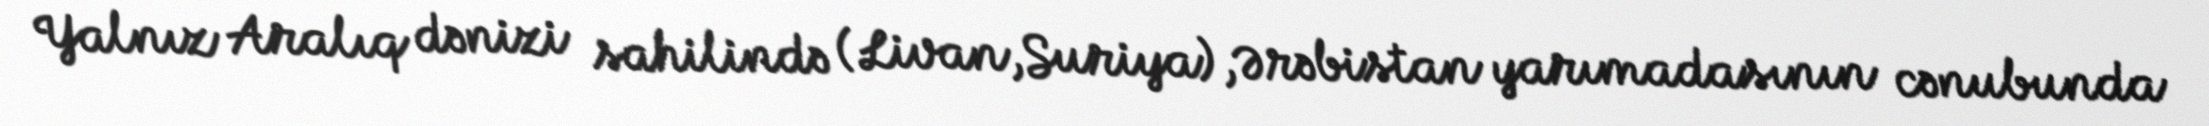
Yalnız Aralıq dənizi sahilində (Livan,Suriya),Ərəbistan yarımadasının cənubunda